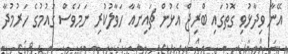
އޭނާ ވިދާޅުވި ގޮތުގައި ބްރިޖް އެޅުން ޗައިނާއާ ހަވާލުކުރި ނަމަވެސް ގައުމުގެ ހަރުމުދާ